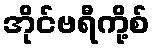
အိုင်ဗရီကို့စ်